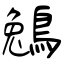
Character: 鵵